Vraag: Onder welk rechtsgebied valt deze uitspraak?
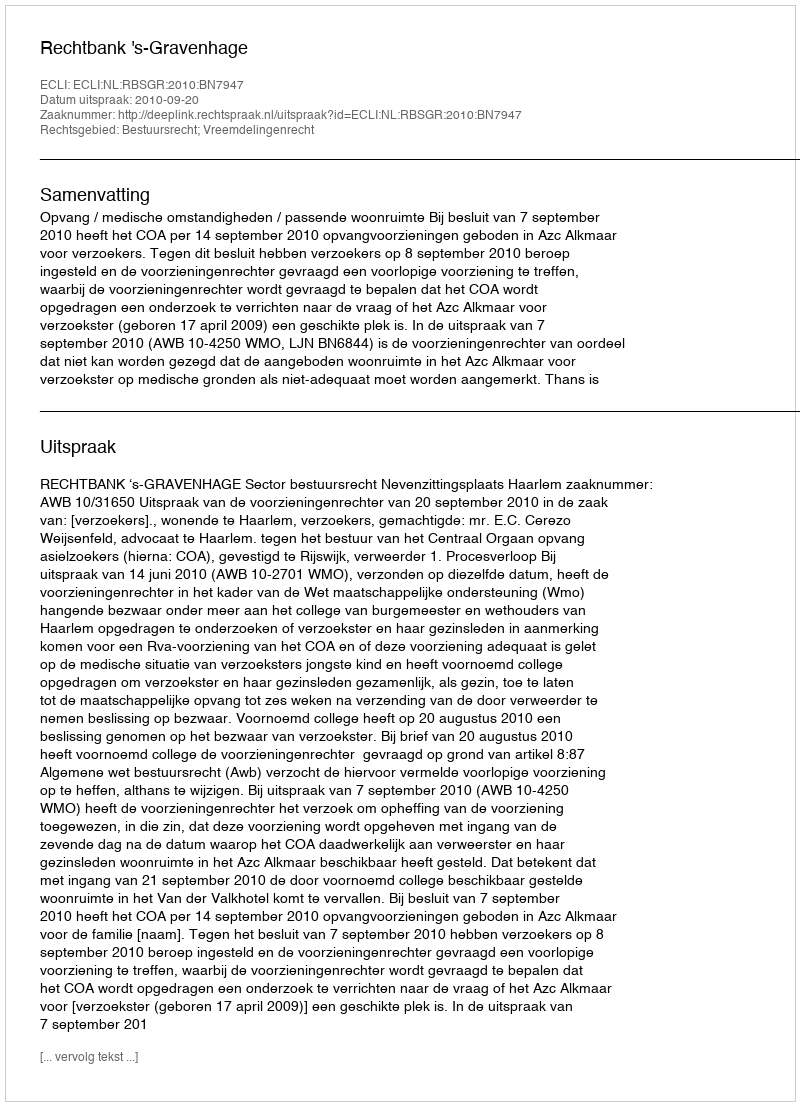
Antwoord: Bestuursrecht; Vreemdelingenrecht